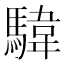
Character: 𩤮